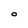
Character: O